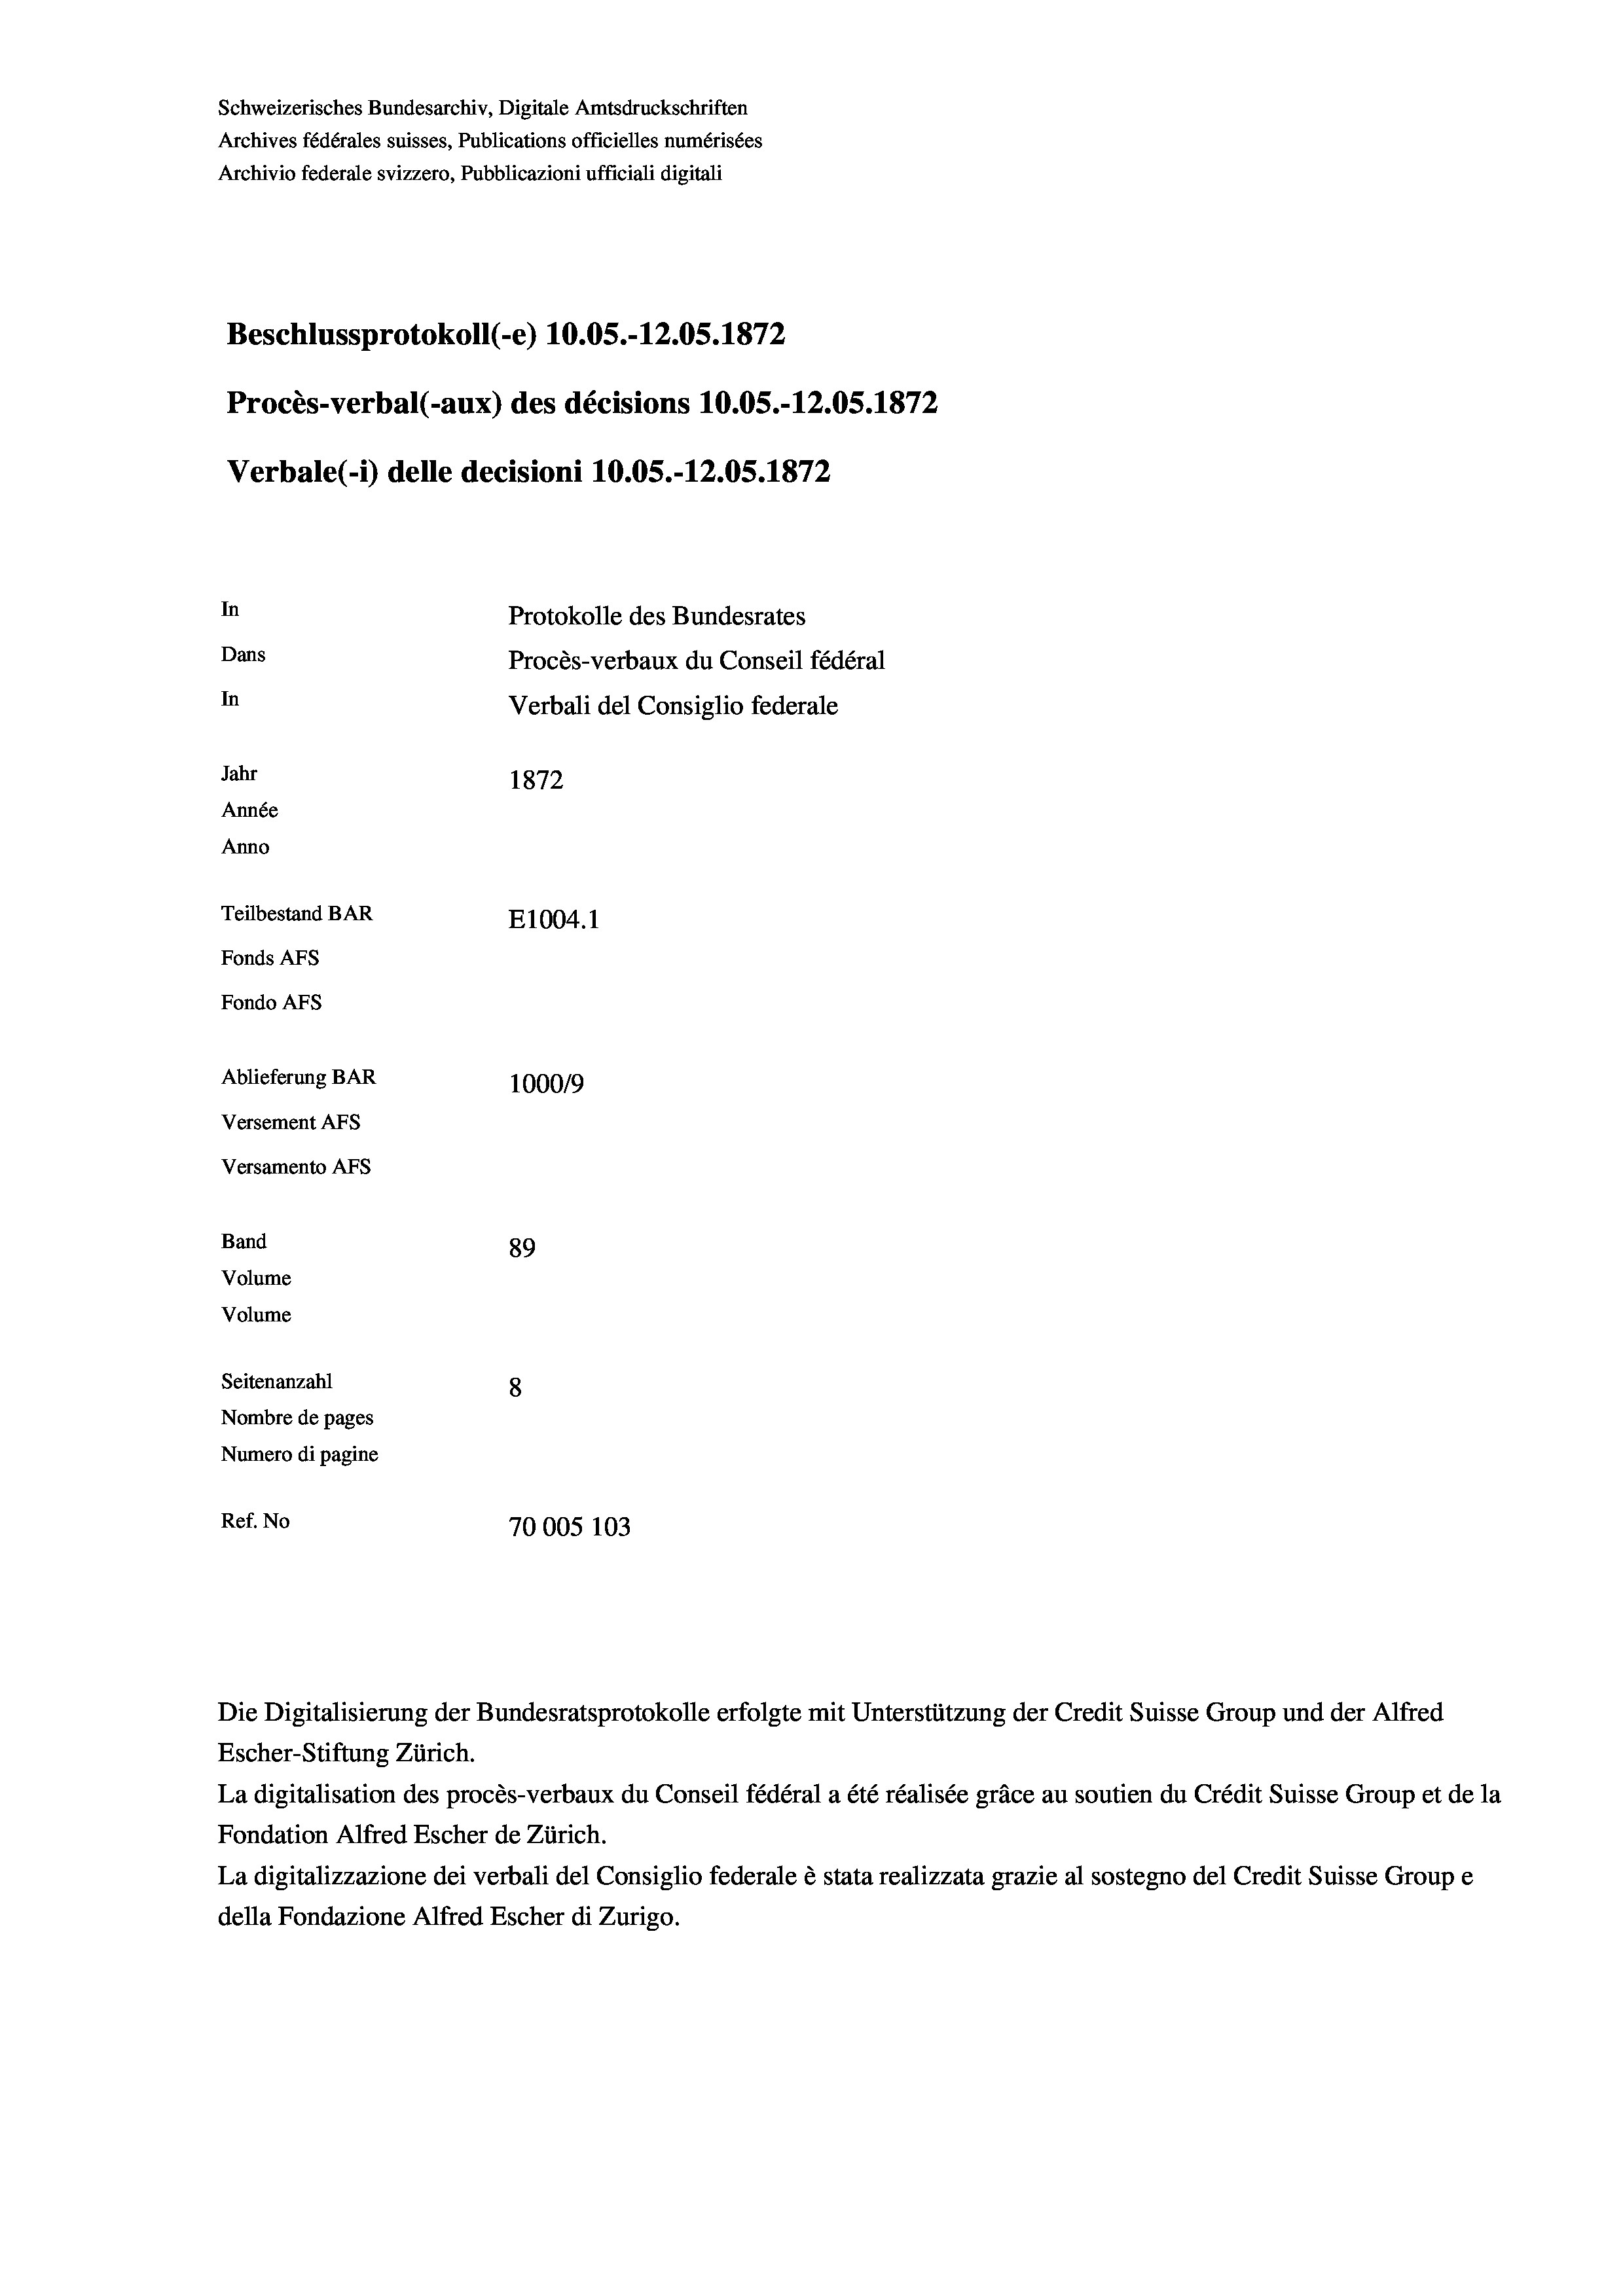
Schweizerisches Bundesarchiv, Digitale Amtsdruckschriften
Archives fédérales suisses, Publications officielles numérisées
Archivio federale svizzero, Pubblicazioni ufficiali digitali
Beschlussprotokoll (-e) 10.05.-12.05. 1872
Procès-verbal (-aux) des décisions 10.05.-12.05. 1872
Verbale (- 1) delle decisioni 10.05.-12.05. 1872
In
Protokolle des Bundesrates
Dans
Procès-verbaux du Conseil fédéral
In
Verbali del Consiglio federale
Jahr
1872
Année
Anno
Teilbestand BAR
E1004. 1
Fonds AFs
Fondo Afs
Ablieferung BAR
100019
Versement AFs
Versamento AFs
Band
89
Volume
Volume
Seitenanzahl
8
Nombre de pages
Numero di pagine
Ref. No
70005 103

Escher-Stiftung Zürich.
La digitalisation des procès-verbaux du Conseil fédéral a été réalisée gräce au soutien du Crédit Suisse Group et de la
Fondation Alfred Escher de Zürich.
La digitalizzazione dei verbali del Consiglio federale è stata realizzata grazie al sostegno del Credit Suisse Groupe
della Fondazione Alfred Escher di Zurigo.

Die Digitalisierung der Bundesratsprotokolle erfolgte mit Unterstützung der Credit Suisse Group und der Alfred